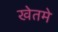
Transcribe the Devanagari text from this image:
खेतमे